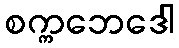
စက္ကဘေဒေါ